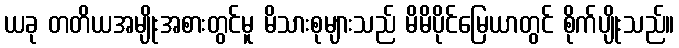
ယခု တတိယအမျိုးအစားတွင်မူ မိသားစုများသည် မိမိပိုင်မြေယာတွင် စိုက်ပျိုးသည်။